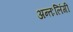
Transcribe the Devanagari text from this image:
अन्तःलिंगी